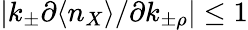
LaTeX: |k_{\pm}\partial\langle n_{X}\rangle/\partial k_{\pm\rho}|\leq 1